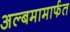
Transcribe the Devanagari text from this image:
अल्बमामार्फत